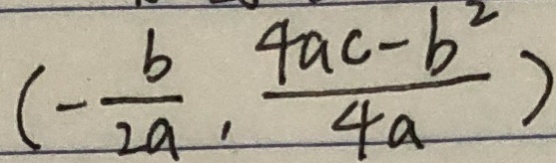
( - \frac { b } { 2 a } , \frac { 4 a c - b ^ { 2 } } { 4 a } )